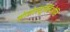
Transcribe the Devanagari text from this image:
मोनोन्यूक्लिओसि